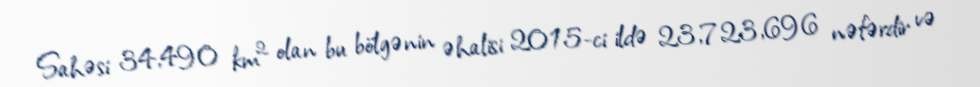
Sahəsi 34,490 km² olan bu bölgənin əhalisi 2015-ci ildə 23,723,696 nəfərdir və